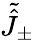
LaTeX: \tilde{\hat{J}}_{\pm}